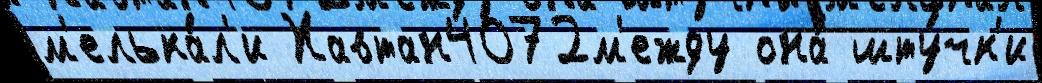
м'елька́л'и Хавтан4072м'ежду она́ шту́чк'и